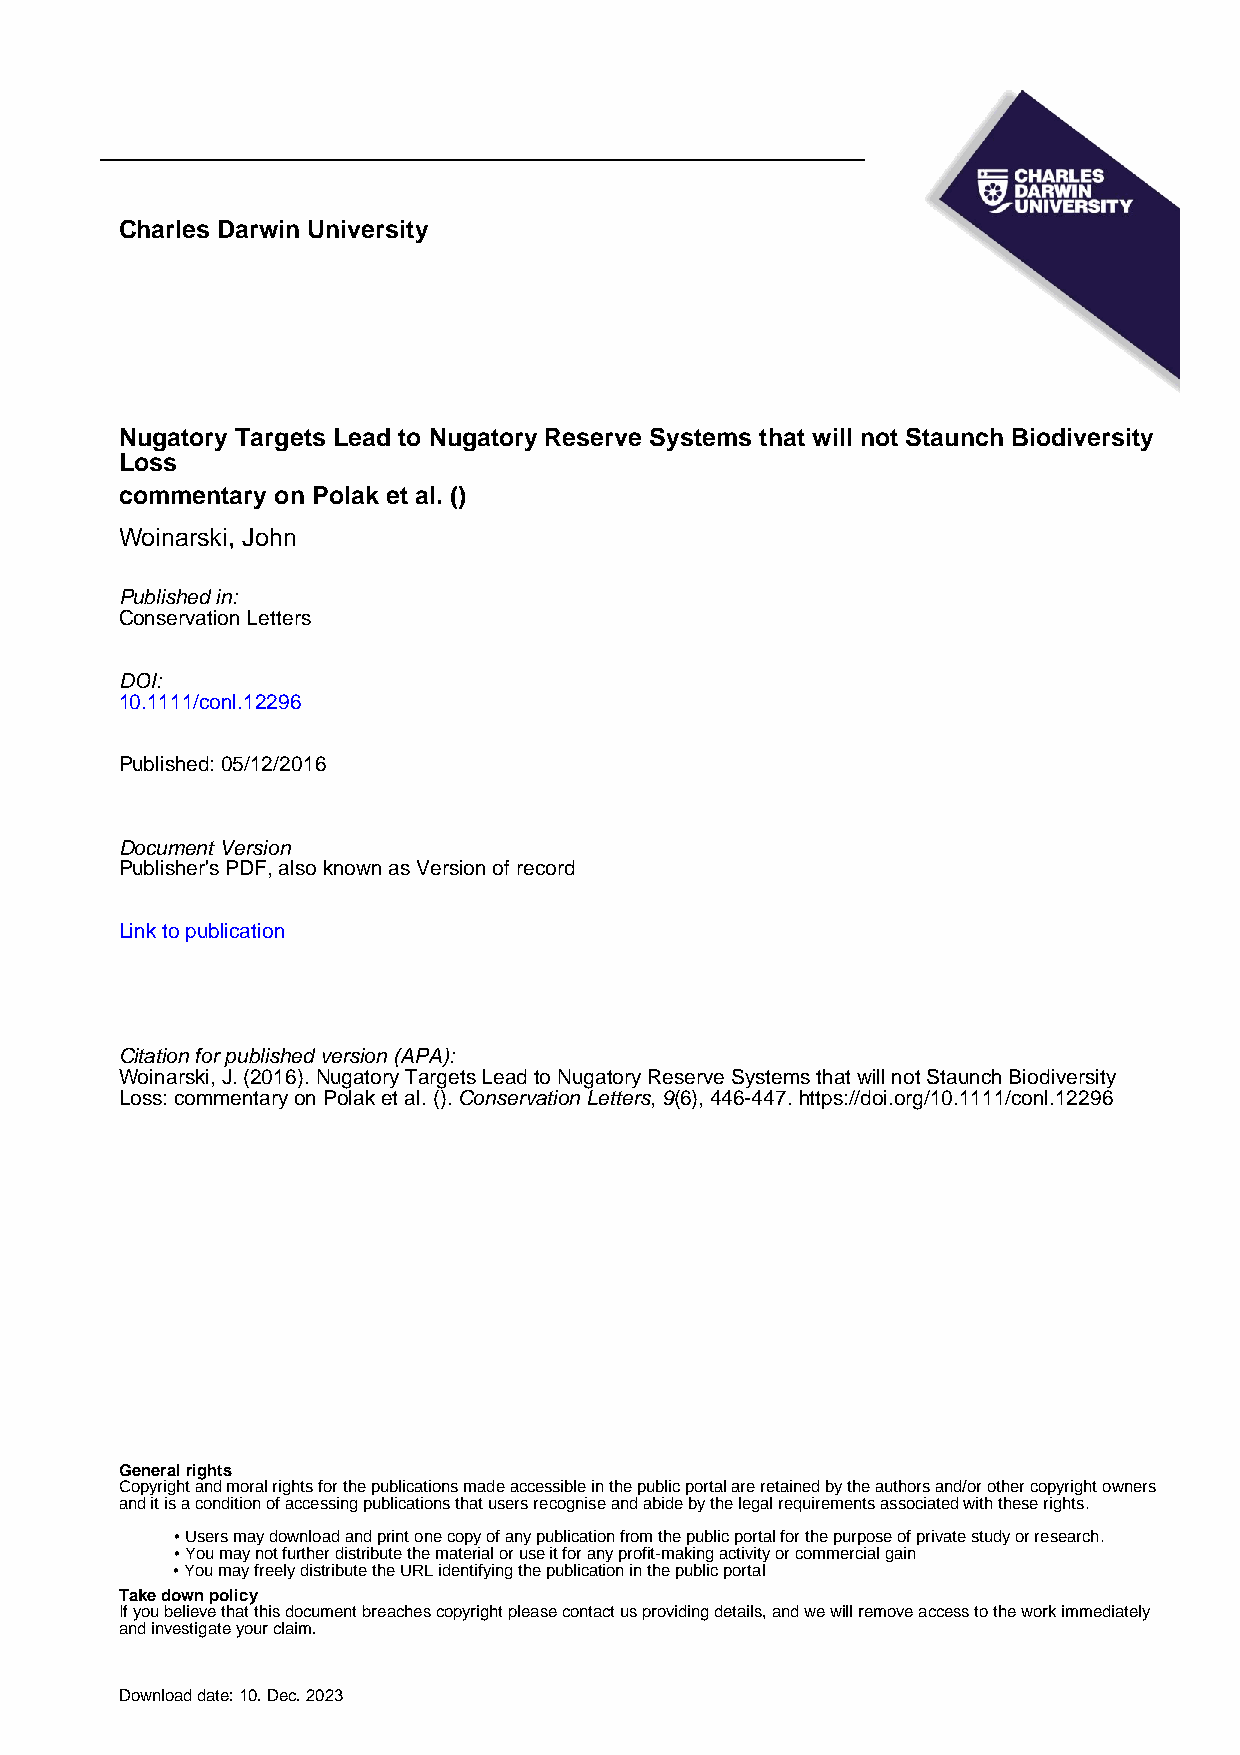
Charles Darwin University
 Nugatory Targets Lead to Nugatory Reserve Systems that will not Staunch Biodiversity
 Loss
 commentary on Polak et al. ()
 Woinarski, John
 Published in:
 Conservation Letters
 DOI:
 10.1111/conl.12296
 Published: 05/12/2016
 Document Version
 Publisher's PDF, also known as Version of record
 Link to publication
 Citation for published version (APA):
 Woinarski, J. (2016). Nugatory Targets Lead to Nugatory Reserve Systems that will not Staunch Biodiversity
 Loss: commentary on Polak et al. (). Conservation Letters, 9(6), 446-447. https://doi.org/10.1111/conl.12296
 General rights
 Copyright and moral rights for the publications made accessible in the public portal are retained by the authors and/or other copyright owners
 and it is a condition of accessing publications that users recognise and abide by the legal requirements associated with these rights.
 • Users may download and print one copy of any publication from the public portal for the purpose of private study or research.
 • You may not further distribute the material or use it for any profit-making activity or commercial gain
 • You may freely distribute the URL identifying the publication in the public portal
 Take down policy
 If you believe that this document breaches copyright please contact us providing details, and we will remove access to the work immediately
 and investigate your claim.
 Download date: 10. Dec. 2023